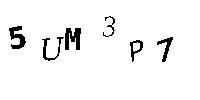
5UM3P7